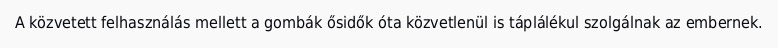
A közvetett felhasználás mellett a gombák ősidők óta közvetlenül is táplálékul szolgálnak az embernek.